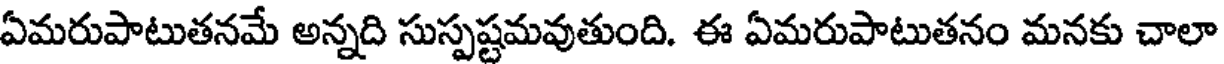
ఏమరుపాటుతనమే అన్నది సుస్పష్టమవుతుంది. ఈ ఏమరుపాటుతనం మనకు చాలా